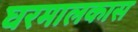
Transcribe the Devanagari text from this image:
घरमालकास